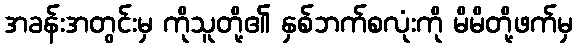
အခန်းအတွင်းမှ ကိုသူတို့၏ နှစ်ဘက်စလုံးကို မိမိတို့ဖက်မှ